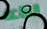
الطاعة